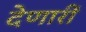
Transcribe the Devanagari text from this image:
देणारीं